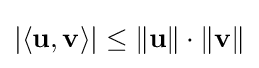
|\langle \mathbf {u} ,\mathbf {v} \rangle |\leq \|\mathbf {u} \|\cdot \|\mathbf {v} \|